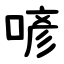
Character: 喭